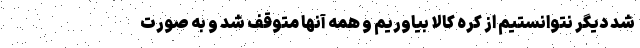
شد دیگر نتوانستیم از کره کالا بیاوریم و همه آنها متوقف شد و به صورت